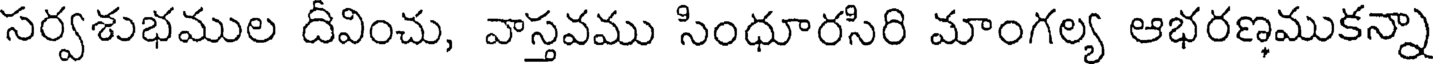
సర్వశుభముల దీవించు, వాస్తవము సింధూరసిరి మాంగల్య ఆభరణముకన్నా